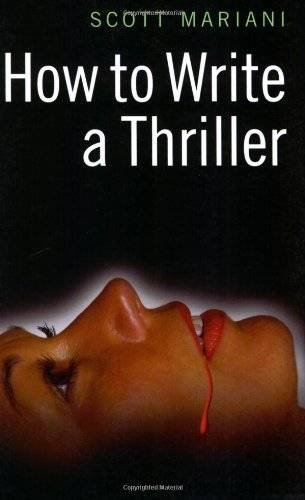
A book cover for How to Write a Thriller; Scott Mariani; Mystery, Thriller & Suspense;